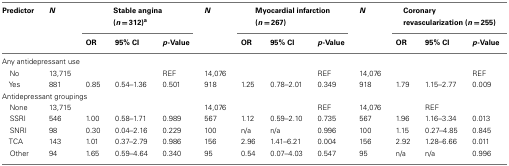
<table><thead><tr><td><b>Predictor</b></td><td><b><i>N</i></b></td><td colspan="3"><b>Stable angina (<i>n</i> = 312)<sup>a</sup></b></td><td><b><i>N</i></b></td><td colspan="3"><b>Myocardial infarction (<i>n</i> = 267)</b></td><td><b><i>N</i></b></td><td colspan="3"><b>Coronary revascularization (<i>n</i> = 255)</b></td></tr><tr><td>[EMPTY_CELL]</td><td>[EMPTY_CELL]</td><td><b>OR</b></td><td><b>95% CI</b></td><td><b><i>p</i>-Value</b></td><td>[EMPTY_CELL]</td><td><b>OR</b></td><td><b>95% CI</b></td><td><b><i>p</i>-Value</b></td><td>[EMPTY_CELL]</td><td><b>OR</b></td><td><b>95% CI</b></td><td><b><i>p</i>-Value</b></td></tr></thead><tbody><tr><td colspan="9">Any antidepressant use</td></tr><tr><td> No</td><td>13,715</td><td>[EMPTY_CELL]</td><td>[EMPTY_CELL]</td><td>REF</td><td>14,076</td><td>[EMPTY_CELL]</td><td>[EMPTY_CELL]</td><td>REF</td><td>14,076</td><td>[EMPTY_CELL]</td><td>[EMPTY_CELL]</td><td>REF</td></tr><tr><td> Yes</td><td>881</td><td>0.85</td><td>0.54–1.36</td><td>0.501</td><td>918</td><td>1.25</td><td>0.78–2.01</td><td>0.349</td><td>918</td><td>1.79</td><td>1.15–2.77</td><td>0.009</td></tr><tr><td colspan="9">Antidepressant groupings</td></tr><tr><td> None</td><td>13,715</td><td>[EMPTY_CELL]</td><td>[EMPTY_CELL]</td><td>[EMPTY_CELL]</td><td>14,076</td><td>[EMPTY_CELL]</td><td>[EMPTY_CELL]</td><td>REF</td><td>14,076</td><td>[EMPTY_CELL]</td><td>REF</td><td>[EMPTY_CELL]</td></tr><tr><td> SSRI</td><td>546</td><td>1.00</td><td>0.58–1.71</td><td>0.989</td><td>567</td><td>1.12</td><td>0.59–2.10</td><td>0.735</td><td>567</td><td>1.96</td><td>1.16–3.34</td><td>0.013</td></tr><tr><td> SNRI</td><td>98</td><td>0.30</td><td>0.04–2.16</td><td>0.229</td><td>100</td><td>n/a</td><td>n/a</td><td>0.996</td><td>100</td><td>1.15</td><td>0.27–4.85</td><td>0.845</td></tr><tr><td> TCA</td><td>143</td><td>1.01</td><td>0.37–2.79</td><td>0.986</td><td>156</td><td>2.96</td><td>1.41–6.21</td><td>0.004</td><td>156</td><td>2.92</td><td>1.28–6.66</td><td>0.011</td></tr><tr><td> Other</td><td>94</td><td>1.65</td><td>0.59–4.64</td><td>0.340</td><td>95</td><td>0.54</td><td>0.07–4.03</td><td>0.547</td><td>95</td><td>n/a</td><td>n/a</td><td>0.996</td></tr></tbody></table>